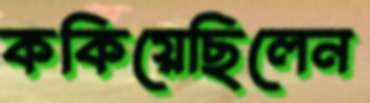
ককিয়েছিলেন